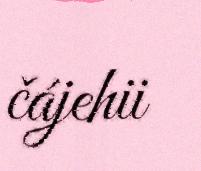
čájehii